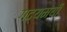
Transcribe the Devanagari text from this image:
गद्यमयी